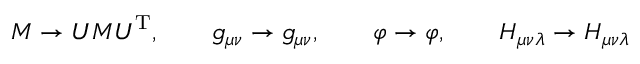
{ \cal { M } } \rightarrow U { \cal { M } } U ^ { \mathrm { T } } , \qquad g _ { \mu \nu } \rightarrow g _ { \mu \nu } , \qquad \varphi \rightarrow \varphi , \qquad H _ { \mu \nu \lambda } \rightarrow H _ { \mu \nu \lambda }